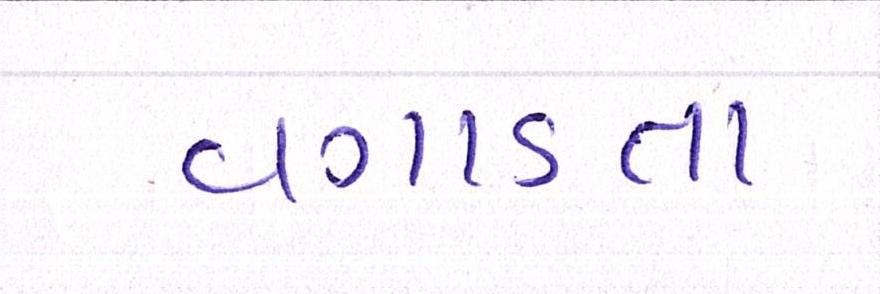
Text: વગાડતા